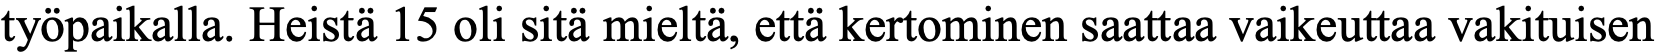
työpaikalla. Heistä 15 oli sitä mieltä, että kertominen saattaa vaikeuttaa vakituisen